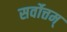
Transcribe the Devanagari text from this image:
सर्वोत्तम्